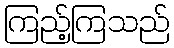
ကြည့်ကြသည်